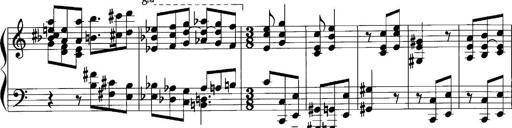
Title: Sonatina No.1
Composer: Otto Stoll
Key: C major